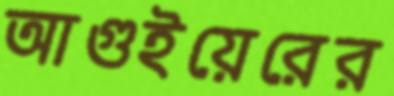
আগুইয়েরের